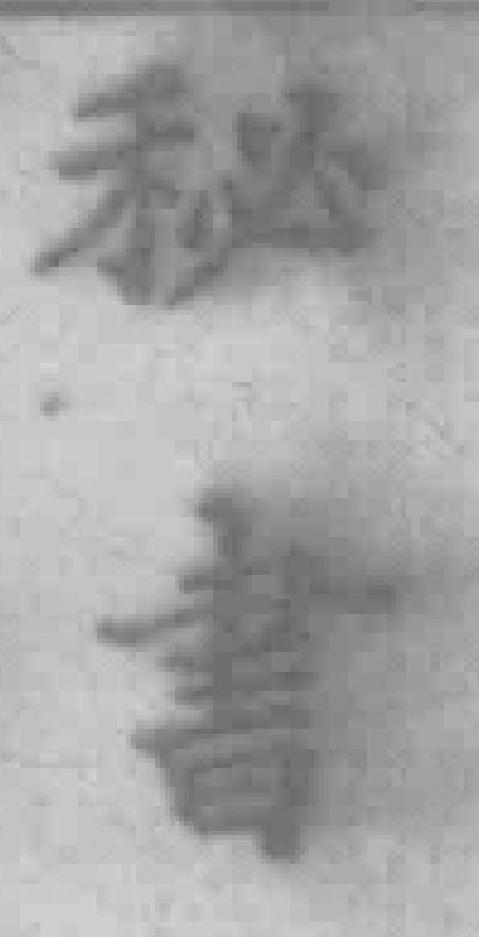
秘書